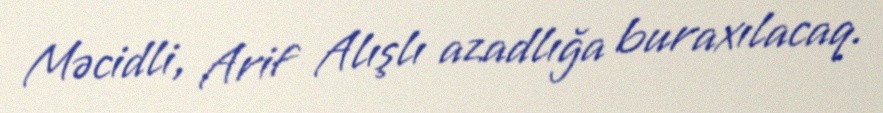
Məcidli, Arif Alışlı azadlığa buraxılacaq.